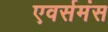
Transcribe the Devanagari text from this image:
एवर्समंस